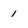
Character: 1